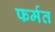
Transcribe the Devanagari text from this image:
फर्मत